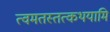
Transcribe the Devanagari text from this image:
त्वमतस्तत्कथयामि